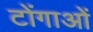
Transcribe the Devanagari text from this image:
टोंगाओं